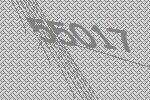
55017